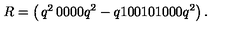
R = \left( \begin{matrix} { q ^ { 2 } } & { 0 } & { 0 } & { 0 } & { } \\ { 0 } & { q ^ { 2 } - q } & { 1 } & { 0 } & { } \\ { 0 } & { 1 } & { 0 } & { 1 } & { } \\ { 0 } & { 0 } & { 0 } & { q ^ { 2 } } & { } \\ \end{matrix} \right) .